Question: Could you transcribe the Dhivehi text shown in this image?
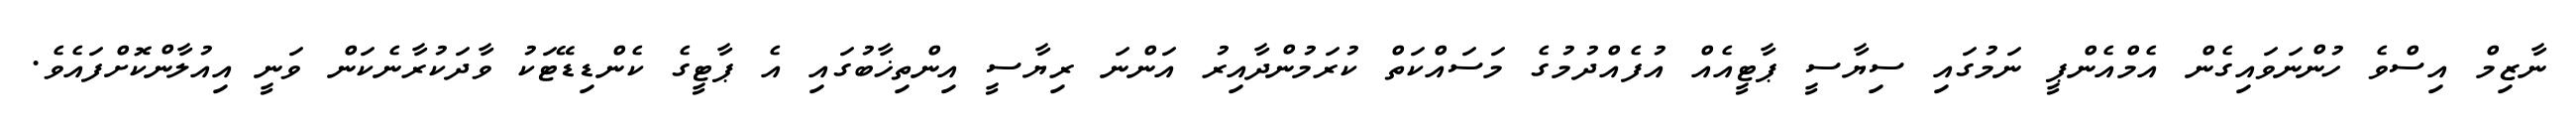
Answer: ނާޒިމް އިސްވެ ހުންނަވައިގެން އެމްއެންޕީ ނަމުގައި ސިޔާސީ ޕާޓީއެއް އުފެއްދުމުގެ މަސައްކަތް ކުރަމުންދާއިރު އަންނަ ރިޔާސީ އިންތިޚާބުގައި އެ ޕާޓީގެ ކެންޑިޑޭޓަކު ވާދަކުރާނެކަން ވަނީ އިއުލާންކޮށްފައެވެ.